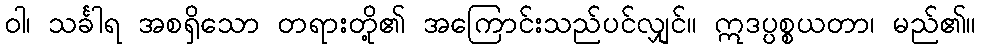
ဝါ၊ သင်္ခါရ အစရှိသော တရားတို့၏ အကြောင်းသည်ပင်လျှင်။ ဣဒပ္ပစ္စယတာ၊ မည်၏။